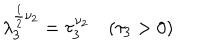
\lambda _ { 3 } ^ { \frac 1 2 \nu _ { 2 } } = \tau _ { 3 } ^ { \nu _ { 2 } } \quad ( \tau _ { 3 } > 0 )